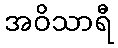
အဝိသာရီ